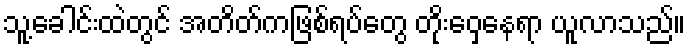
သူ့ခေါင်းထဲတွင် အတိတ်ကဖြစ်ရပ်တွေ တိုးဝှေ့နေရာ ယူလာသည်။